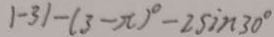
\vert - 3 \vert - ( 3 - x ) ^ { \circ } - 2 \sin 3 0 ^ { \circ }